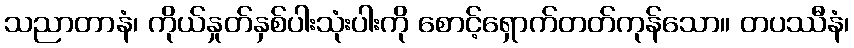
သညာတာနံ၊ ကိုယ်နှုတ်နှစ်ပါးသုံးပါးကို စောင့်ရှောက်တတ်ကုန်သော။ တပဿီနံ၊